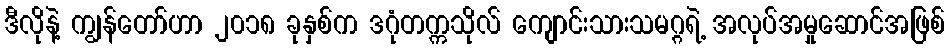
ဒီလိုနဲ့ ကျွန်တော်ဟာ ၂၀၁၈ ခုနှစ်က ဒဂုံတက္ကသိုလ် ကျောင်းသားသမဂ္ဂရဲ့ အလုပ်အမှုဆောင်အဖြစ်